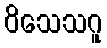
ဝိသေသဂူ